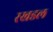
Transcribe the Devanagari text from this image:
रखडल